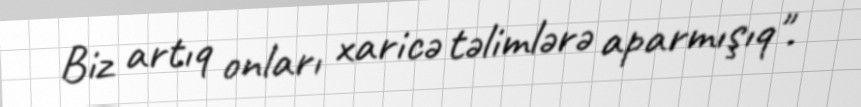
Biz artıq onları xaricə təlimlərə aparmışıq".